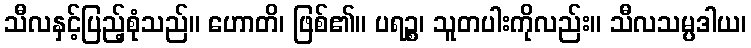
သီလနှင့်ပြည့်စုံသည်။ ဟောတိ၊ ဖြစ်၏။ ပရဉ္စ၊ သူတပါးကိုလည်း။ သီလသမ္ပဒါယ၊